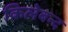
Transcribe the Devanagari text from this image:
किलेबन्द